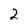
Character: 2